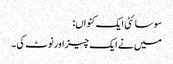
سوسائٹی ایک کنواں:
میں نے ایک چیز اورنوٹ کی ۔